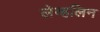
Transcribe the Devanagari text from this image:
लेव्हलिन